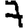
Digit: 7